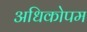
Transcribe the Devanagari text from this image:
अधिकोपम